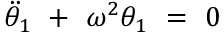
\Ddot { \theta } _ { 1 } \ + \ \omega ^ { 2 } \theta _ { 1 } \ = \ 0